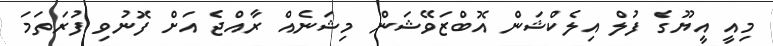
މިއީ އީޔޫގެ ފުލް އިލެކްޝަން އޮބްޒަވޭޝަން މިޝަނެއް ރާއްޖެ އަށް ފޮނުވި ފުރަތަމަ